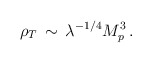
\begin{align*}\rho_T \, \sim \, \lambda^{-1/4} M_p^3 \, .\end{align*}